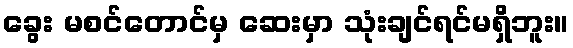
ခွေး မစင်တောင်မှ ဆေးမှာ သုံးချင်ရင်မရှိဘူး။